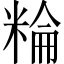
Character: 𥺽